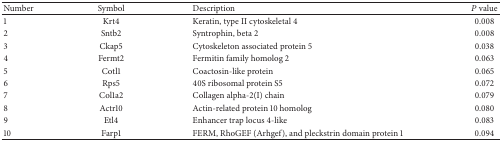
<table><thead><tr><td><b>Number</b></td><td><b>Symbol</b></td><td><b>Description</b></td><td><b><i>P</i> value</b></td></tr></thead><tbody><tr><td>1</td><td>Krt4</td><td>Keratin, type II cytoskeletal 4 </td><td>0.008</td></tr><tr><td>2</td><td>Sntb2</td><td>Syntrophin, beta 2 </td><td>0.008</td></tr><tr><td>3</td><td>Ckap5</td><td>Cytoskeleton associated protein 5 </td><td>0.038</td></tr><tr><td>4</td><td>Fermt2</td><td>Fermitin family homolog 2 </td><td>0.063</td></tr><tr><td>5</td><td>Cotl1</td><td>Coactosin-like protein </td><td>0.065</td></tr><tr><td>6</td><td>Rps5</td><td>40S ribosomal protein S5 </td><td>0.072</td></tr><tr><td>7</td><td>Col1a2</td><td>Collagen alpha-2(I) chain </td><td>0.079</td></tr><tr><td>8</td><td>Actr10</td><td>Actin-related protein 10 homolog</td><td>0.080</td></tr><tr><td>9</td><td>Etl4</td><td>Enhancer trap locus 4-like</td><td>0.083</td></tr><tr><td>10</td><td>Farp1</td><td>FERM, RhoGEF (Arhgef), and pleckstrin domain protein 1 </td><td>0.094</td></tr></tbody></table>